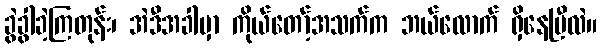
ခွဲခွါခဲ့ကြတုန်း၊ အဲဒီအခါမှာ ကိုယ်တော့်အသက်က ဘယ်လောက် ရှိနေပြီလဲ။